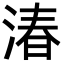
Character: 湷